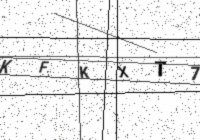
Text: KFKXT77